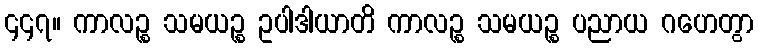
၄၄၇။ ကာလဉ္စ သမယဉ္စ ဥပါဒါယာတိ ကာလဉ္စ သမယဉ္စ ပညာယ ဂဟေတွာ